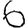
Digit: 6